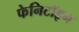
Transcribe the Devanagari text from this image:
फेनिटॉइन